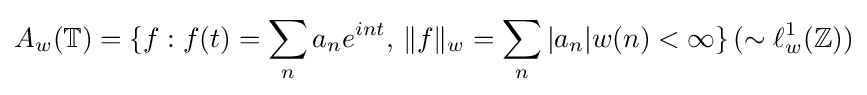
A_{w}(\mathbb {T} )=\{f:f(t)=\sum _{n}a_{n}e^{int},\,\|f\|_{w}=\sum _{n}|a_{n}|w(n)<\infty \}\,(\sim \ell _{w}^{1}(\mathbb {Z} ))